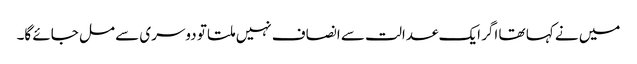
میں نے کہا تھا اگر ایک عدالت سے انصاف نہیں ملتا تو دوسری سے مل جائے گا۔